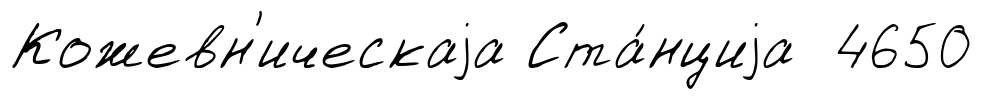
Кожевн'ическаjа Ста́нциjа 4650